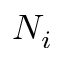
N _ { i }